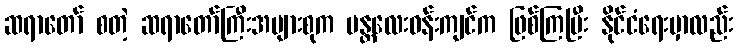
ဆရာတော် စတဲ့ ဆရာတော်ကြီးအများစုက မန္တလေးဝန်းကျင်က ဖြစ်ကြပြီး နိုင်ငံရေးမှာလည်း